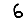
Digit: 6